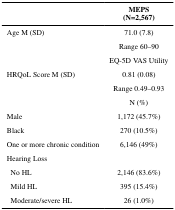
|  | MEPS(N=2,567) |
 | --- | --- |
 | Age M (SD) | 71.0 (7.8) |
 |  | Range 60–90 |
 |  | EQ-5D VAS Utility |
 | HRQoL Score M (SD) | 0.81 (0.08) |
 |  | Range 0.49–0.93 |
 |  | N (%) |
 | Male | 1,172 (45.7%) |
 | Black | 270 (10.5%) |
 | One or more chronic condition | 6,146 (49%) |
 | Hearing Loss |  |
 | No HL | 2,146 (83.6%) |
 | Mild HL | 395 (15.4%) |
 | Moderate/severe HL | 26 (1.0%) |